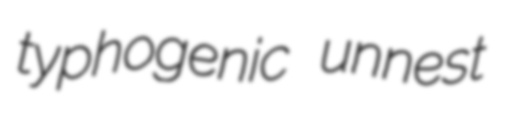
typhogenic unnest